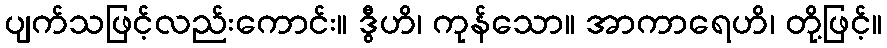
ပျက်သဖြင့်လည်းကောင်း။ ဒွီဟိ၊ ကုန်သော။ အာကာရေဟိ၊ တို့ဖြင့်။